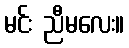
မင်း ညီမလေး။